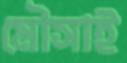
মৌসাই